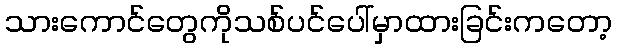
သားကောင်တွေကိုသစ်ပင်ပေါ်မှာထားခြင်းကတော့